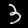
Label: 3